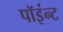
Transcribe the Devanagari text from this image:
पॉइंन्ट